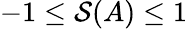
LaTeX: -1\leq\mathcal{S}(A)\leq 1